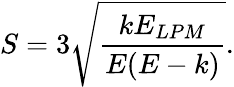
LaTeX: S=3\sqrt{\frac{kE_{LPM}}{E(E-k)}}.